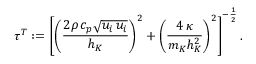
\tau ^ { T } : = \left[ \left( \frac { 2 \rho \, c _ { p } \sqrt { u _ { i } \, u _ { i } } } { h _ { K } } \right) ^ { 2 } + \left( \frac { 4 \, \kappa } { m _ { K } h _ { K } ^ { 2 } } \right) ^ { 2 } \right] ^ { - \frac { 1 } { 2 } } .